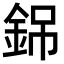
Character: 銱